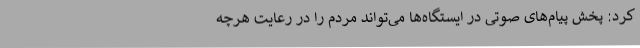
کرد:‌ پخش پیام‌های صوتی در ایستگاه‌ها می‌تواند مردم را در رعایت هرچه